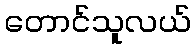
တောင်သူလယ်